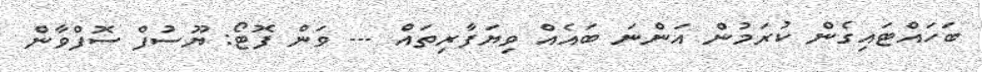
ބަހައްޓައިގެން ކުރަމުން އަންނަ ބައެއް ވިޔަފާރިތައް --- ވަން ފޮޓޯ: ޔޫސުފް ސޮފްވާން